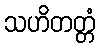
သဟိတတ္တံ